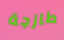
طازجة